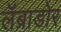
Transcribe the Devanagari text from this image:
लॅब्राडोर